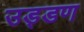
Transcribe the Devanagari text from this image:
उड्डण